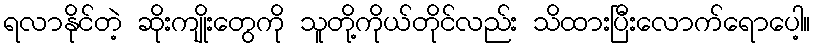
ရလာနိုင်တဲ့ ဆိုးကျိုးတွေကို သူတို့ကိုယ်တိုင်လည်း သိထားပြီးလောက်ရောပေါ့။